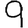
Digit: 9